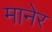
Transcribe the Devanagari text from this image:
मानेर